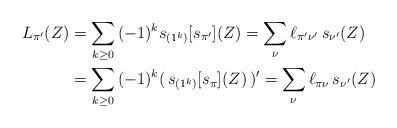
LaTeX: \begin{align*} L_{\pi'}(Z) &= \sum_{k\ge 0}\, (-1)^k s_{(1^k)}[s_{\pi'}](Z) = \sum_\nu \ell_{\pi'\nu'}\, s_{\nu'}(Z)\cr &= \sum_{k\ge 0}\, (-1)^k (\,s_{(1^k)}[s_{\pi}](Z)\,)' = \sum_\nu \ell_{\pi\nu}\, s_{\nu'}(Z) \end{align*}